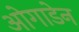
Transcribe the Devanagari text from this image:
ओगाडेन